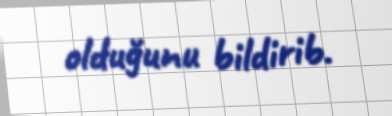
olduğunu bildirib.